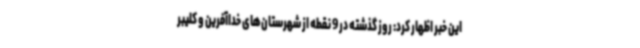
این خبر اظهار کرد: روز گذشته در 9 نقطه از شهرستان‌های خداآفرین و کلیبر